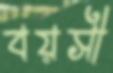
বয়সী